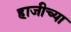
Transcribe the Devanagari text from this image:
हाजीच्या